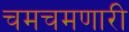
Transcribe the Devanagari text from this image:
चमचमणारी